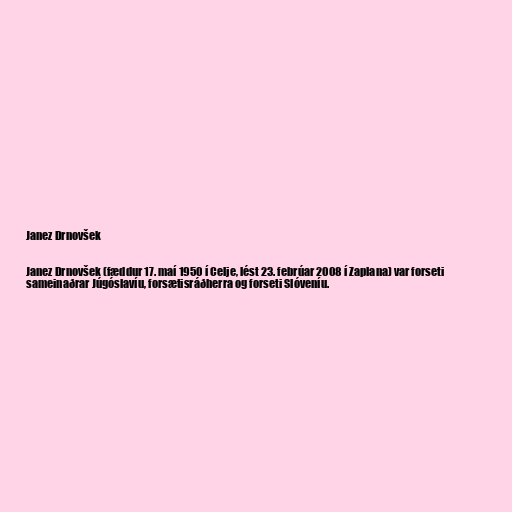
Janez Drnovšek

Janez Drnovšek (fæddur 17. maí 1950 í Celje, lést 23. febrúar 2008 í Zaplana) var forseti
sameinaðrar Júgóslavíu, forsætisráðherra og forseti Slóveníu.